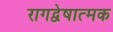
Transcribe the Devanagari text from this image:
रागद्वेषात्मक